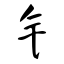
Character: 钅